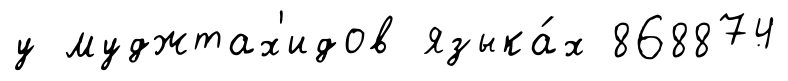
у муджтах'идов языка́х 868874